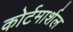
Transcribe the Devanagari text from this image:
कोर्टमार्शल